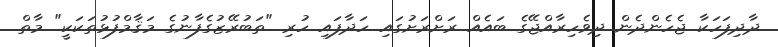
ދާދިފަހަކާ ޖެހެންދެން ދިވެހިރާއްޖޭގެ ބައެއް ރަށްރަށުގައި ހަދާފައި ހުރި "ތަބުރޭޒުގެފާނުގެ މަޤާމްފުޅުތަކަކީ" މާތް